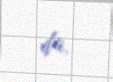
da.